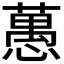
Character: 𦽳